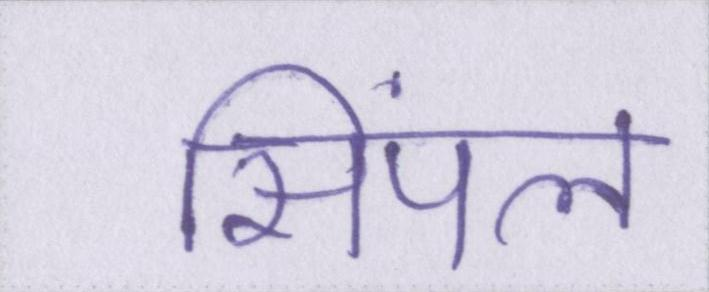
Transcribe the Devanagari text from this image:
सिंपल